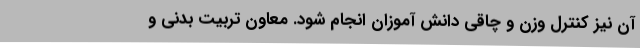
آن نیز کنترل وزن و چاقی دانش آموزان انجام شود. معاون تربیت بدنی و